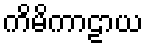
ကိမိကာဠာယ